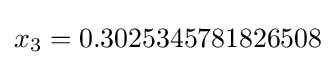
{\textstyle x_{3}=0.3025345781826508}